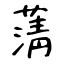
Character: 蔳